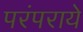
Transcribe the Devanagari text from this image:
परंपराये